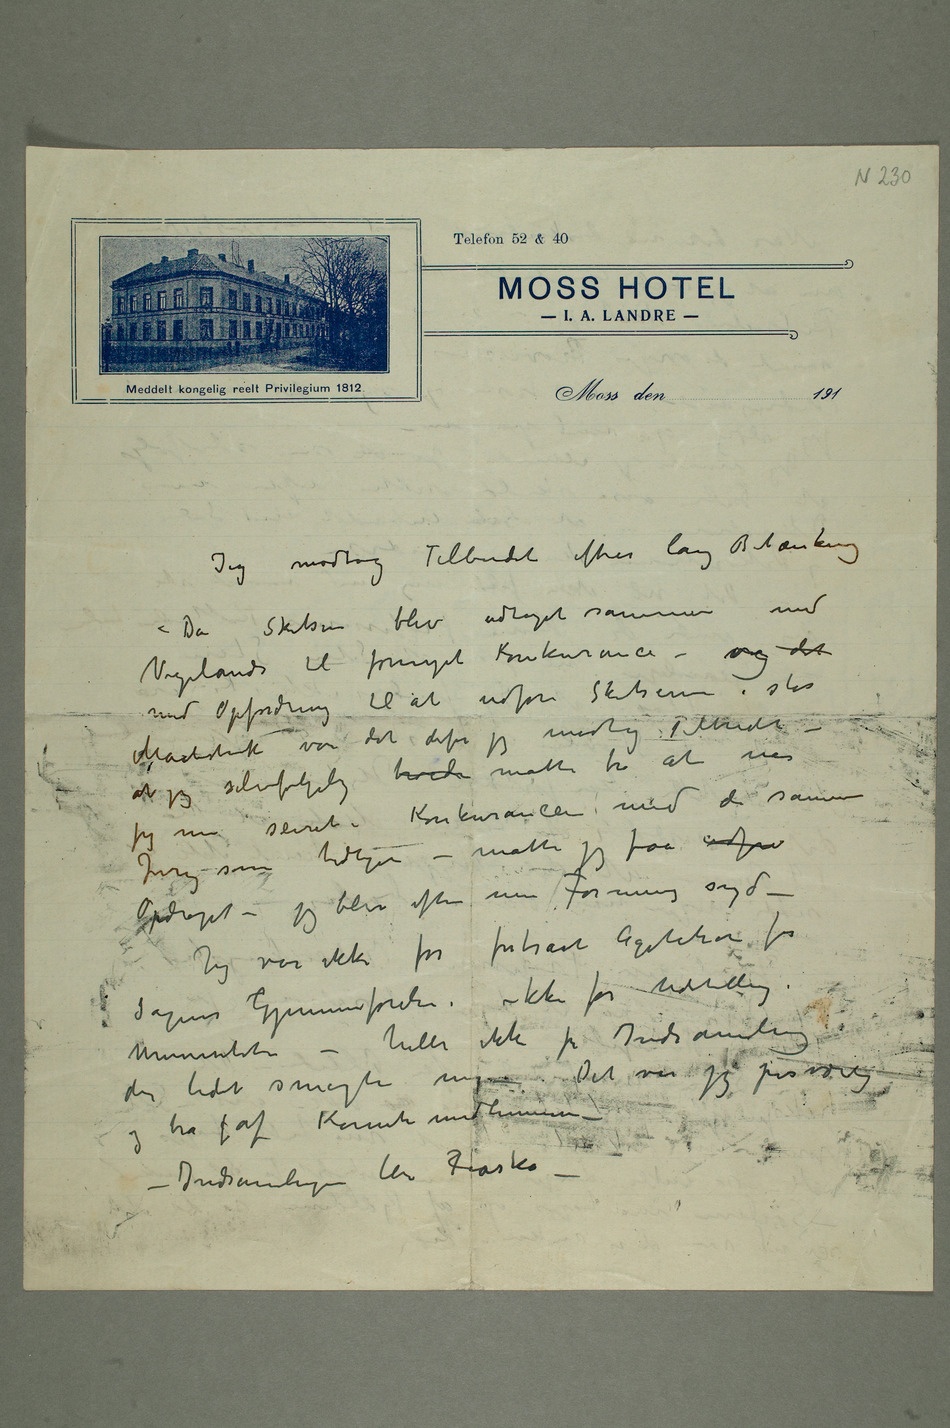
Jeg
blev udtaget sammen med Vigelands til
fornyet Konkurance – og det med
i stor Maalestok var det derfor jeg
– at jeg selvfølgelig
troede måtte tro at når jeg nu seiret
i Konkurancen med
Jury som tidligere – måtte jeg faa
var ikke
for fortsat
Universitetet –
der lidet smagte